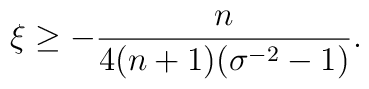
\xi \geq -\frac{n}{4(n+1)(\sigma ^{-2}-1)}.